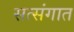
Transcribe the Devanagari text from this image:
सत्संगात